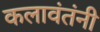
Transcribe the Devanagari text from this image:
कलावंतंनी